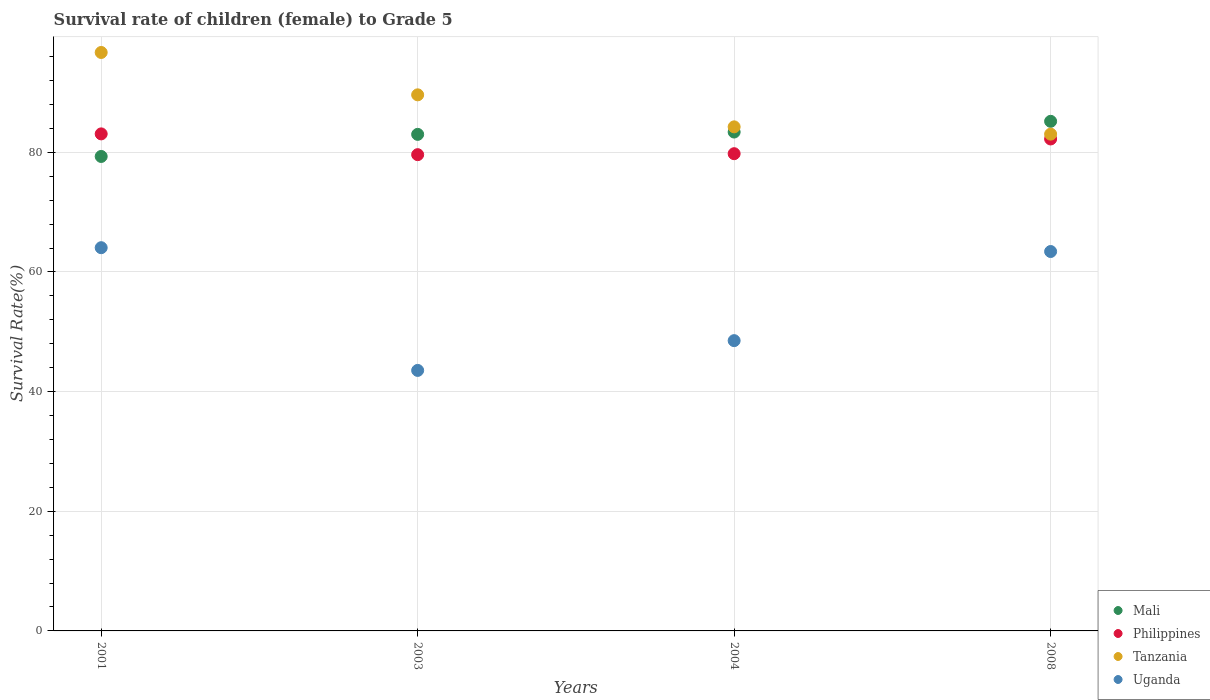
| Years | Mali | Philippines | Tanzania | Uganda |
 | --- | --- | --- | --- | --- |
 | 2001 | 79.3 | 83.1 | 96.7 | 64.1 |
 | 2003 | 83 | 79.6 | 89.6 | 43.5 |
 | 2004 | 83.4 | 79.8 | 84.3 | 48.5 |
 | 2008 | 85.2 | 82.2 | 83 | 63.4 |